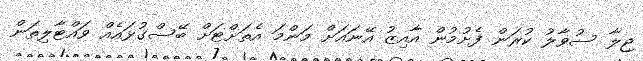
ޖިލާ ސުވާލު ކުރަން ފެށުމުން އާއިޒު އޭނައަށް މަންމަ އެތަށްޓަށް ބޭސްގުޅައެއް ވައްޓާލިތަން